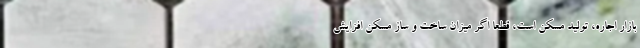
بازار اجاره، تولید مسکن است، قطعا اگر میزان ساخت و ساز مسکن افزایش